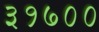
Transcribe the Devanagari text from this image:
३१७००